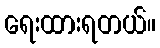
ရေးထားရတယ်။